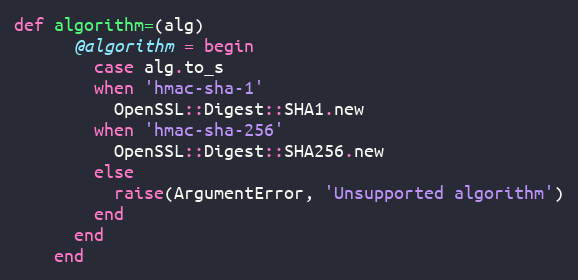
Language: Ruby
def algorithm=(alg)
      @algorithm = begin
        case alg.to_s
        when 'hmac-sha-1'
          OpenSSL::Digest::SHA1.new
        when 'hmac-sha-256'
          OpenSSL::Digest::SHA256.new
        else
          raise(ArgumentError, 'Unsupported algorithm')
        end
      end
    end